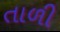
તાળી